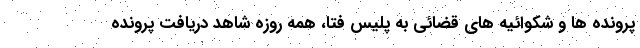
پرونده ها و شکوائیه های قضائی به پلیس فتا، همه روزه شاهد دریافت پرونده